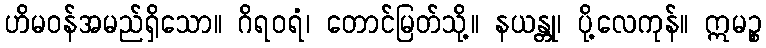
ဟိမဝန်အမည်ရှိသော။ ဂိရဝရံ၊ တောင်မြတ်သို့။ နယန္တု၊ ပို့လေကုန်။ ဣမဉ္စ